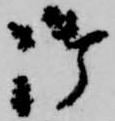
御